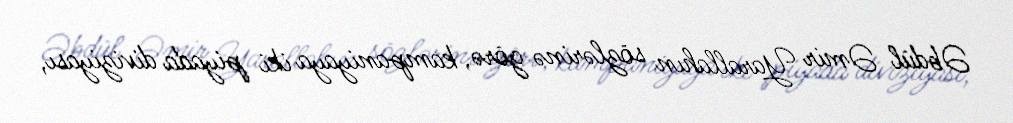
Əbdül Əmir Yarallahın sözlərinə görə, kampaniyaya iki piyada diviziyası,